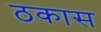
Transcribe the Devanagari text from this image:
ठकास